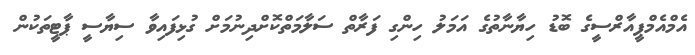
އެމްއެމްޕީއާރްސީގެ ބޮޑު ހިޔާނާތުގެ އަމަލު ހިންގި ފަރާތް ސަލާމަތްކޮށްދިނުމަށް ގުޅިފައިވާ ސިޔާސީ ޕާޓީތަކުން